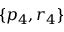
\{ p _ { 4 } , r _ { 4 } \}